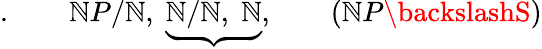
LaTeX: .\qquad\mathbb{N}P/\mathbb{N},\; \underbrace{{\mathbb{N}/\mathbb{N},\; \mathbb{N}}},\qquad(\mathbb{N}P\backslashS)